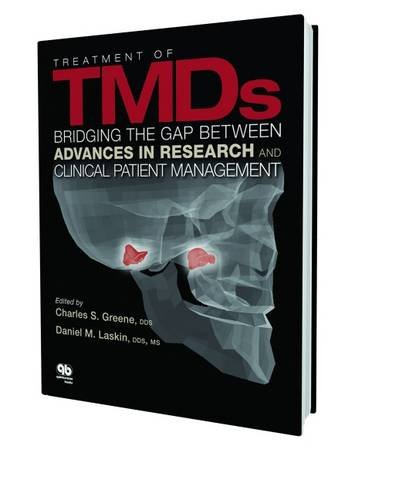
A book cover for Treatment of TMDs: Bridging the Gap Between Advances in Research and Clinical Patient Management; Charles S. Greene; Medical Books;